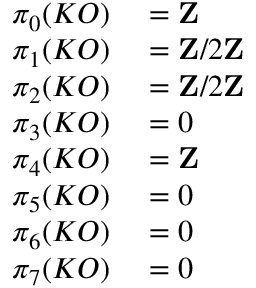
\begin{array} { r l } { \pi _ { 0 } ( K O ) } & { { } = \mathbf { Z } } \\ { \pi _ { 1 } ( K O ) } & { { } = \mathbf { Z } / 2 \mathbf { Z } } \\ { \pi _ { 2 } ( K O ) } & { { } = \mathbf { Z } / 2 \mathbf { Z } } \\ { \pi _ { 3 } ( K O ) } & { { } = 0 } \\ { \pi _ { 4 } ( K O ) } & { { } = \mathbf { Z } } \\ { \pi _ { 5 } ( K O ) } & { { } = 0 } \\ { \pi _ { 6 } ( K O ) } & { { } = 0 } \\ { \pi _ { 7 } ( K O ) } & { { } = 0 } \end{array}